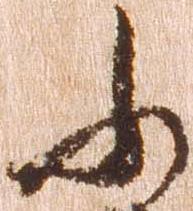
ふ